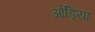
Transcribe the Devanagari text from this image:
ओड्रिया